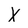
Character: X